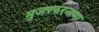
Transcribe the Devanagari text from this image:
मुजफ्फरनामा